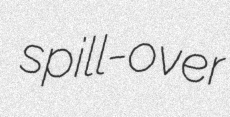
spill-over